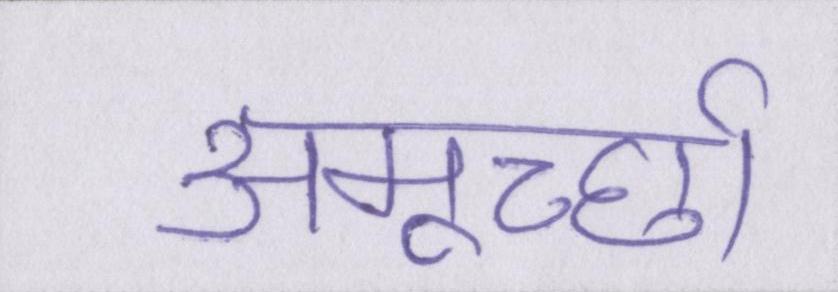
अमूर्च्छा